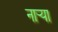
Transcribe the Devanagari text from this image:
नार्‍या